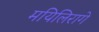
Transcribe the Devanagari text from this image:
मयिलिरागे